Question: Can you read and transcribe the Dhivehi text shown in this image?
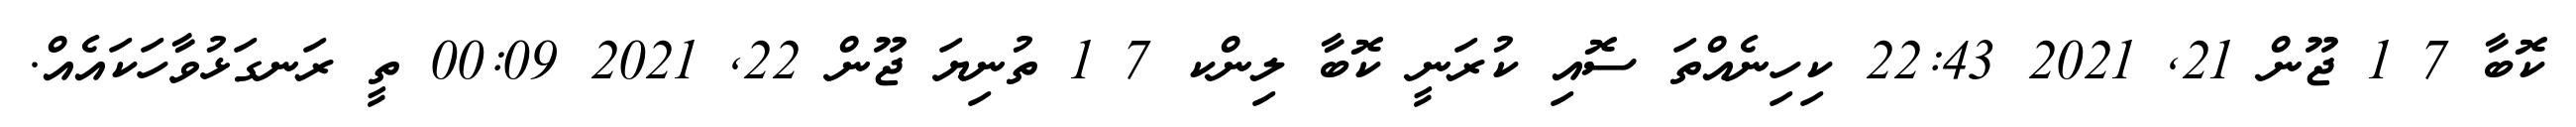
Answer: ކޮބާ 7 1 ޖޫން 21, 2021 22:43 ކިހިނެއްތަ ސޮއި ކުރަނީ ކޮބާ ލިންކ 7 1 ތުނިޔަ ޖޫން 22, 2021 00:09 ތީ ރަނގަޅުވާހަކައެއް.